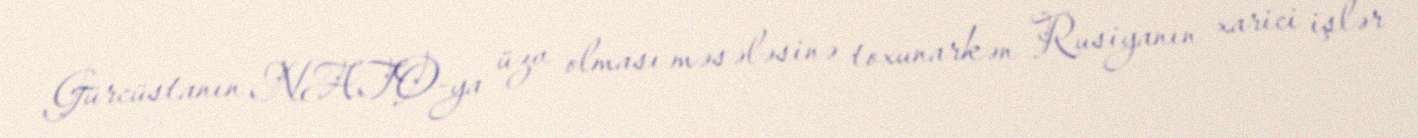
Gürcüstanın NATO-ya üzv olması məsələsinə toxunarkən Rusiyanın xarici işlər